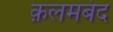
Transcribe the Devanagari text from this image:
क़लमबंद